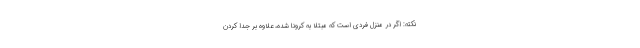
نکته: اگر در منزل فردی است که مبتلا به کرونا شده، علاوه بر جدا کردن